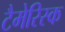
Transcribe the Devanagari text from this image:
टैमेरिस्क